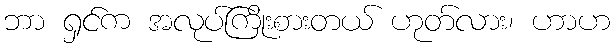
ဘာ ရှင်က အလုပ်ကြိုးစားတယ် ဟုတ်လား၊ ဟာဟ